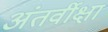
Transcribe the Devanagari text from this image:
अंतर्वीक्षा